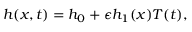
h ( x , t ) = h _ { 0 } + \epsilon h _ { 1 } ( x ) T ( t ) ,